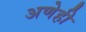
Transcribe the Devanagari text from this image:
अणेही